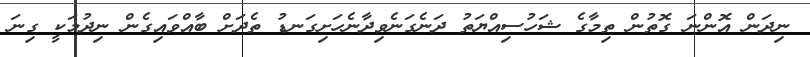
ނިދަން އޮންނަ ގޮތުން ތިމާގެ ޝަހުސިއްޔަތު ދަނެގަނެވިދާނެހަށިގަނޑު ތެދަށް ބާއްވައިގެން ނިދުމަކީ ގިނަ